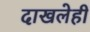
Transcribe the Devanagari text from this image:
दाखलेही